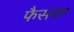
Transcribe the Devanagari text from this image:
फैसका